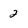
Character: 2